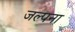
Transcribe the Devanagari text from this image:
जल्पना